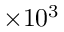
\times 1 0 ^ { 3 }